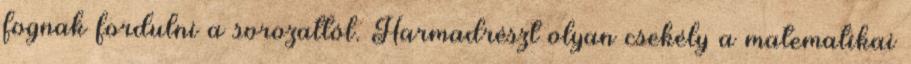
fognak fordulni a sorozattól. Harmadrészt olyan csekély a matematikai